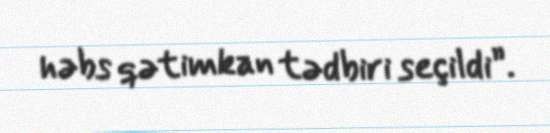
həbs qətimkan tədbiri seçildi”.